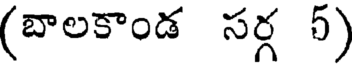
(బాలకాండ సర్గ 5)